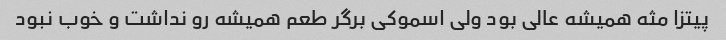
پیتزا مثه همیشه عالی بود ولی اسموکی برگر طعم همیشه رو نداشت و خوب نبود